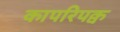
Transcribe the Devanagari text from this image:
कापरिपक्व